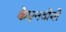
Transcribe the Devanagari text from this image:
केएनवीबी